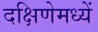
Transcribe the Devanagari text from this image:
दक्षिणेमध्यें